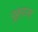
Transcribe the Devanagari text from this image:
पुठ्ठय़ाला